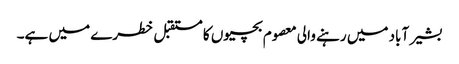
بشیر آباد میں رہنے والی معصوم بچیوں کا مستقبل خطرے میں ہے۔